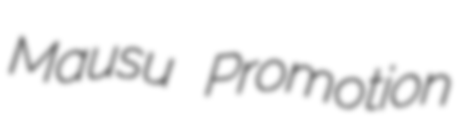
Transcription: Mausu Promotion